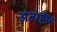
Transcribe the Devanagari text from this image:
अंत्येष्टीत